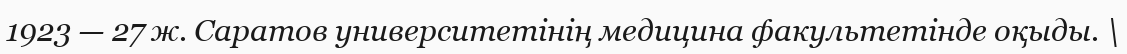
1923 — 27 ж. Саратов университетінің медицина факультетінде оқыды. \